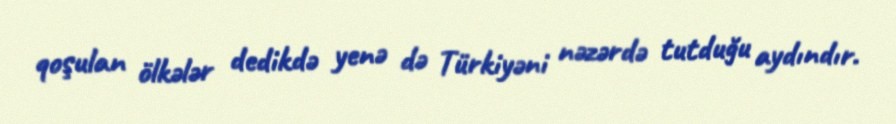
qoşulan ölkələr dedikdə yenə də Türkiyəni nəzərdə tutduğu aydındır.